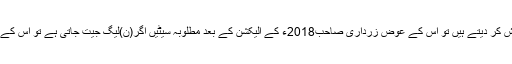
اگر (ن)لیگ والے ان کے ساتھ یہ مہربانی‘ عنایت اور بخشش کر دیتے ہیں تو اس کے عوض زرداری صاحب2018ء کے الیکشن کے بعد مطلوبہ سیٹیں اگر(ن)لیگ جیت جاتی ہے تو اس کے وزیراعظم کو مزید5 سال تک برداشت کرنے کو تیار ہیں ۔